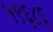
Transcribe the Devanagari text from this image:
५९६८६